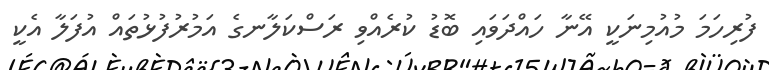
ފުރިހަމަ މުއުމިނަކީ އޭނާ ހައްދަވައި ބޮޑު ކުރެއްވި ރަސްކަލާނގެ އަމުރުފުޅުތައް އުފަލާ އެކީ